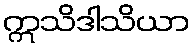
ဣသိဒါသိယာ